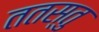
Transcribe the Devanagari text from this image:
ततस्तु